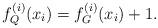
LaTeX: \begin{align*}f^{(i)}_Q(x_i) = f^{(i)}_G(x_i)+1.\end{align*}